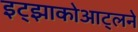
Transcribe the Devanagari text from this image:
इट्झाकोआट्लने